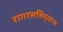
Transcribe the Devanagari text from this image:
रागरससिद्धान्त